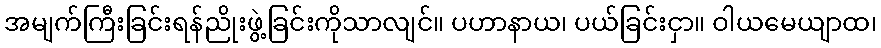
အမျက်ကြီးခြင်းရန်ညိုးဖွဲ့ခြင်းကိုသာလျင်။ ပဟာနာယ၊ ပယ်ခြင်းငှာ။ ဝါယမေယျာထ၊